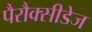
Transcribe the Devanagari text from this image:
पैरौक्सीडेज